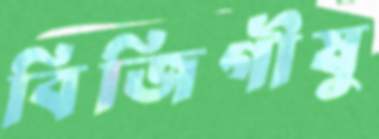
বিজিগীষু